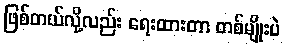
ဖြစ်တယ်လို့လည်း ရေးထားတာ တစ်မျိုးပဲ